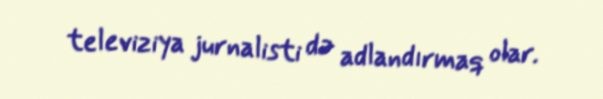
televiziya jurnalisti də adlandırmaq olar.